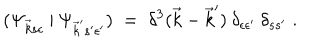
( \Psi _ { \vec { k } s \epsilon } \: | \: \Psi _ { \vec { k } ^ { \prime } s ^ { \prime } \epsilon ^ { \prime } } ) \; = \; \delta ^ { 3 } ( \vec { k } - \vec { k } ^ { \prime } ) \: \delta _ { \epsilon \epsilon ^ { \prime } } \: \delta _ { s s ^ { \prime } } \; .